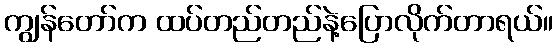
ကျွန်တော်က ထပ်တည်တည်နဲ့ပြောလိုက်တာရယ်။